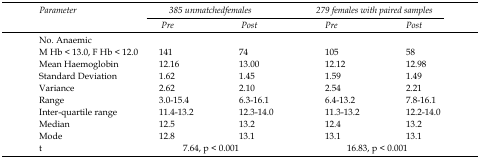
| Parameter | <COLSPAN=2> 385 unmatched females | <COLSPAN=2> 279 females with paired samples |
 |  | Pre | Post | Pre | Post |
 | --- | --- | --- | --- | --- |
 | No. Anaemic |  |  |  |  |
 | M Hb< 13.0, F Hb < 12.0 | 141 | 74 | 105 | 58 |
 | Mean Haemoglobin | 12.16 | 13.00 | 12.12 | 12.98 |
 | Standard Deviation | 1.62 | 1.45 | 1.59 | 1.49 |
 | Variance | 2.62 | 2.10 | 2.54 | 2.21 |
 | Range | 3.0-15.4 | 6.3-16.1 | 6.4-13.2 | 7.8-16.1 |
 | Inter-quartile range | 11.4-13.2 | 12.3-14.0 | 11.3-13.2 | 12.2-14.0 |
 | Median | 12.5 | 13.2 | 12.4 | 13.2 |
 | Mode | 12.8 | 13.1 | 13.1 | 13.1 |
 | t | <COLSPAN=2> 7.64, p < 0.001 | <COLSPAN=2> 16.83, p < 0.001 |